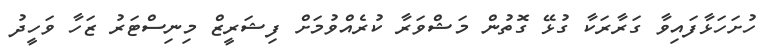
ހުށަހަޅާފައިވާ ގަރާރަކާ ގުޅޭ ގޮތުން މަޝްވަރާ ކުރެއްވުމަށް ފިޝަރީޒް މިނިސްޓަރު ޒަހާ ވަހީދު